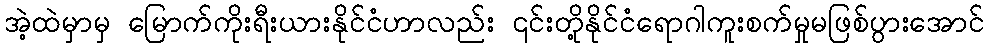
အဲ့ထဲမှာမှ မြောက်ကိုးရီးယားနိုင်ငံဟာလည်း ၎င်းတို့နိုင်ငံရောဂါကူးစက်မှုမဖြစ်ပွားအောင်